King Institute of Preventive Medicine Micro-Biological Section reports 1909-11
Year: 1909
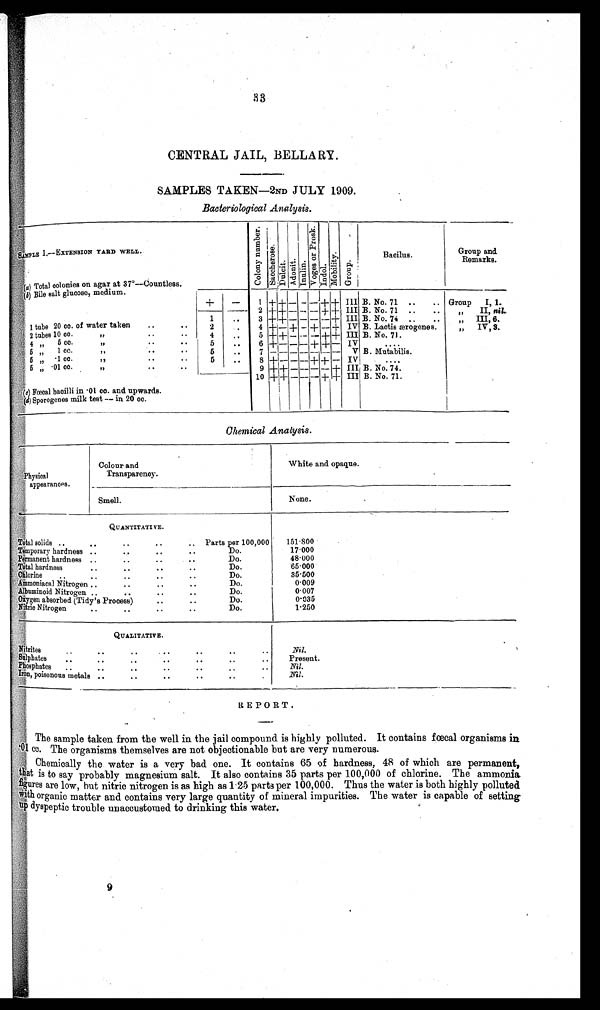
CENTRAL JAIL, BELLARY
SAMPLES TAKEN—2ND JULY 1909.
Bacteriological Analysis.
S A M P L E I . — E X T E N S I O N Y A R D W E L L .
C o l o n y n u m b e r
S a c c h a r o s e
Dul ci t
A d o n i t
I n u l i n
V o g e s o r P r o s k
I ndol
M o b i l i t y
G r o u p
I
Bacilus.
Group and.
Remarks.
(a) Total colonies on agar at 37°—Countless.
(b) Bile salt glucose, medium.
+
— 1
+
— — —
+ + +
III
B. No. 71 .. .. Group I, 1.
++
—
+
IV
B. No. 71 .. .
2
— + + +
"
II, nil.
1 ...
+
IV
3
—
+
—
B. No. 74 .. ..
+
— —
"III, 6.
1 1
1 tube 20 cc. of water taken ..
. .
2
IV
. . 4 +
—
+ +
B. Lactis ærogenes.
— —
,," IV, 3.
+
+
2 tubes 10 cc.
,,
. .
..
— —
B. No. 71.
4
5 + + ++
—
III
5 cc.
. . . .
+ + — —
+ + III ...
5
6 +
. .
5
„ 1 cc.
I I I
B. Mutabilis.
. . . .
5
— —
. . 7 + + +
+ -
,,
5
.1 cc.
.
. ..
5
—
+
—
+ + +
....
.. 8 +
IV
+
B. No. 74.
+
— —
+
—
I I I
„
9 +
.01 ea
.
. . .
+
—
+
— —
+
—
IV B. No. 71.
10
(c) Foecal bacilli in .01 cc. and upwards.
\
(d )Sporogenes milk test — in 20 cc.
1
1 1
.
Chemical Analysis.
1 Physical
appearances.
Colour and
Transparency.
White and opaque.
Smell.
None.
QUANTITATIVE.
Total solids ..
..
..
Parts per 100,000 151.800
. .
Temporary hardness
Do.
17.000
.
..
..
permanent hardness
..
..
.
Do.
48.000
Total hardnes
D o
65.000
..
. . .. ..
Chlorine
Do.
35.500
Ammoniacal Nitrogen
. ..
..
.
Do.
0.009
Albuminoid Nitrogen I I
. . .. ..
Do.
0.007
Oxygen absorbed (Tidy's Process)
.
Do.
0.035
'Nitric Nitrogen
..
. . ..
1.250
QUALITATIVE.
Nitrites.. ..
. . . .. .. ..
Nil
Sulphates
.
..
..
. . . . ..
Present.
P h o s p h a t e
..
..
..
..
. .
Nil.
Iron, poisonous metals ..
..
. . .. .. .
Nil.
REPORT.
The sample taken from the well in the jail compound is highly polluted. It contains fœcal organisms in
.01 cc. The organisms themselves are not objectionable but are very numerous.
Chemically the water is a very bad one. It contains 65 of hardness, 48 of which are permanent,
that is to say probably magnesium salt. It also contains 35 parts per 100,000 of chlorine. The ammonia.
figures are low, but nitric nitrogen is as high as 1.25 parts per 100,000. Thus the water is both highly polluted
with organic matter and contains very large quantity of mineral impurities. The water is capable of setting
up dyspeptic trouble unaccustomed to drinking this water.
9